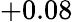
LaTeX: +0.08